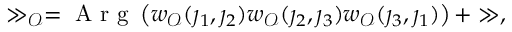
\begin{array} { r } { \gg _ { \mathscr { O } } = \mathrm { ~ A ~ r ~ g ~ } \left( w _ { \mathscr { O } } ( \j _ { 1 } , \j _ { 2 } ) w _ { \mathscr { O } } ( \j _ { 2 } , \j _ { 3 } ) w _ { \mathscr { O } } ( \j _ { 3 } , \j _ { 1 } ) \right) + \gg , } \end{array}